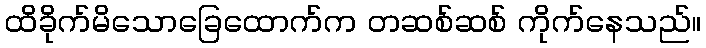
ထိခိုက်မိသောခြေထောက်က တဆစ်ဆစ် ကိုက်နေသည်။